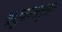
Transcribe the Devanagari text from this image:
ऋतुकालानुसार